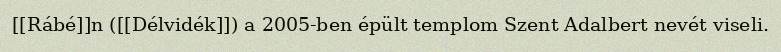
[[Rábé]]n ([[Délvidék]]) a 2005-ben épült templom Szent Adalbert nevét viseli.